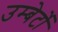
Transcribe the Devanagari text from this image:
उम्बेर्टो